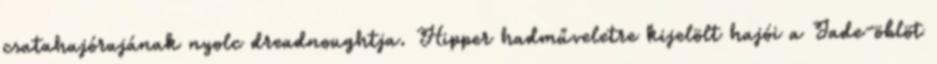
csatahajórajának nyolc dreadnoughtja. Hipper hadműveletre kijelölt hajói a Jade-öblöt